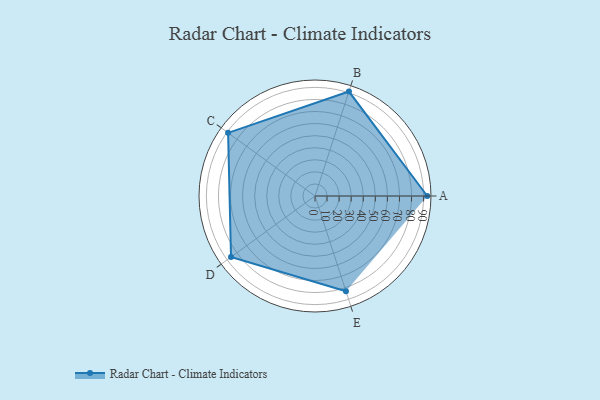
{"axis": {"x": "Skill", "y": "Score"}, "legend": ["Profile"], "data": [{"x": "A", "y": 93.0, "type": "Profile"}, {"x": "B", "y": 91.0, "type": "Profile"}, {"x": "C", "y": 89.0, "type": "Profile"}, {"x": "D", "y": 86.0, "type": "Profile"}, {"x": "E", "y": 83.0, "type": "Profile"}]}